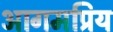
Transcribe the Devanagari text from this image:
आगमप्रिय